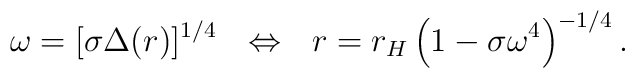
\omega=[\sigma\Delta(r)]^{1/4}~~\Leftrightarrow~~r=r_H\left(1-\sigma\omega^{4}\right)^{-1/4}.